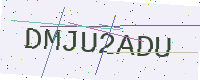
Text: DMJU2ADU